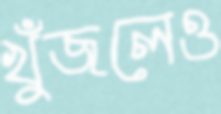
খুঁজলেও